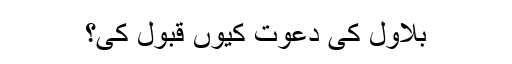
بلاول کی دعوت کیوں قبول کی؟